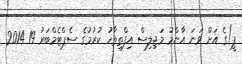
ޕީ)ގެ އަށް ވަނަ އާންމު މަޖިލިސް އިފްތިތާހު ކުރުމުގެ ސެޕްޓެމްބަރު 19 2014